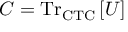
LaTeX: C = { \mathrm { T r } } _ { \mathrm { C T C } } \left[ U \right]